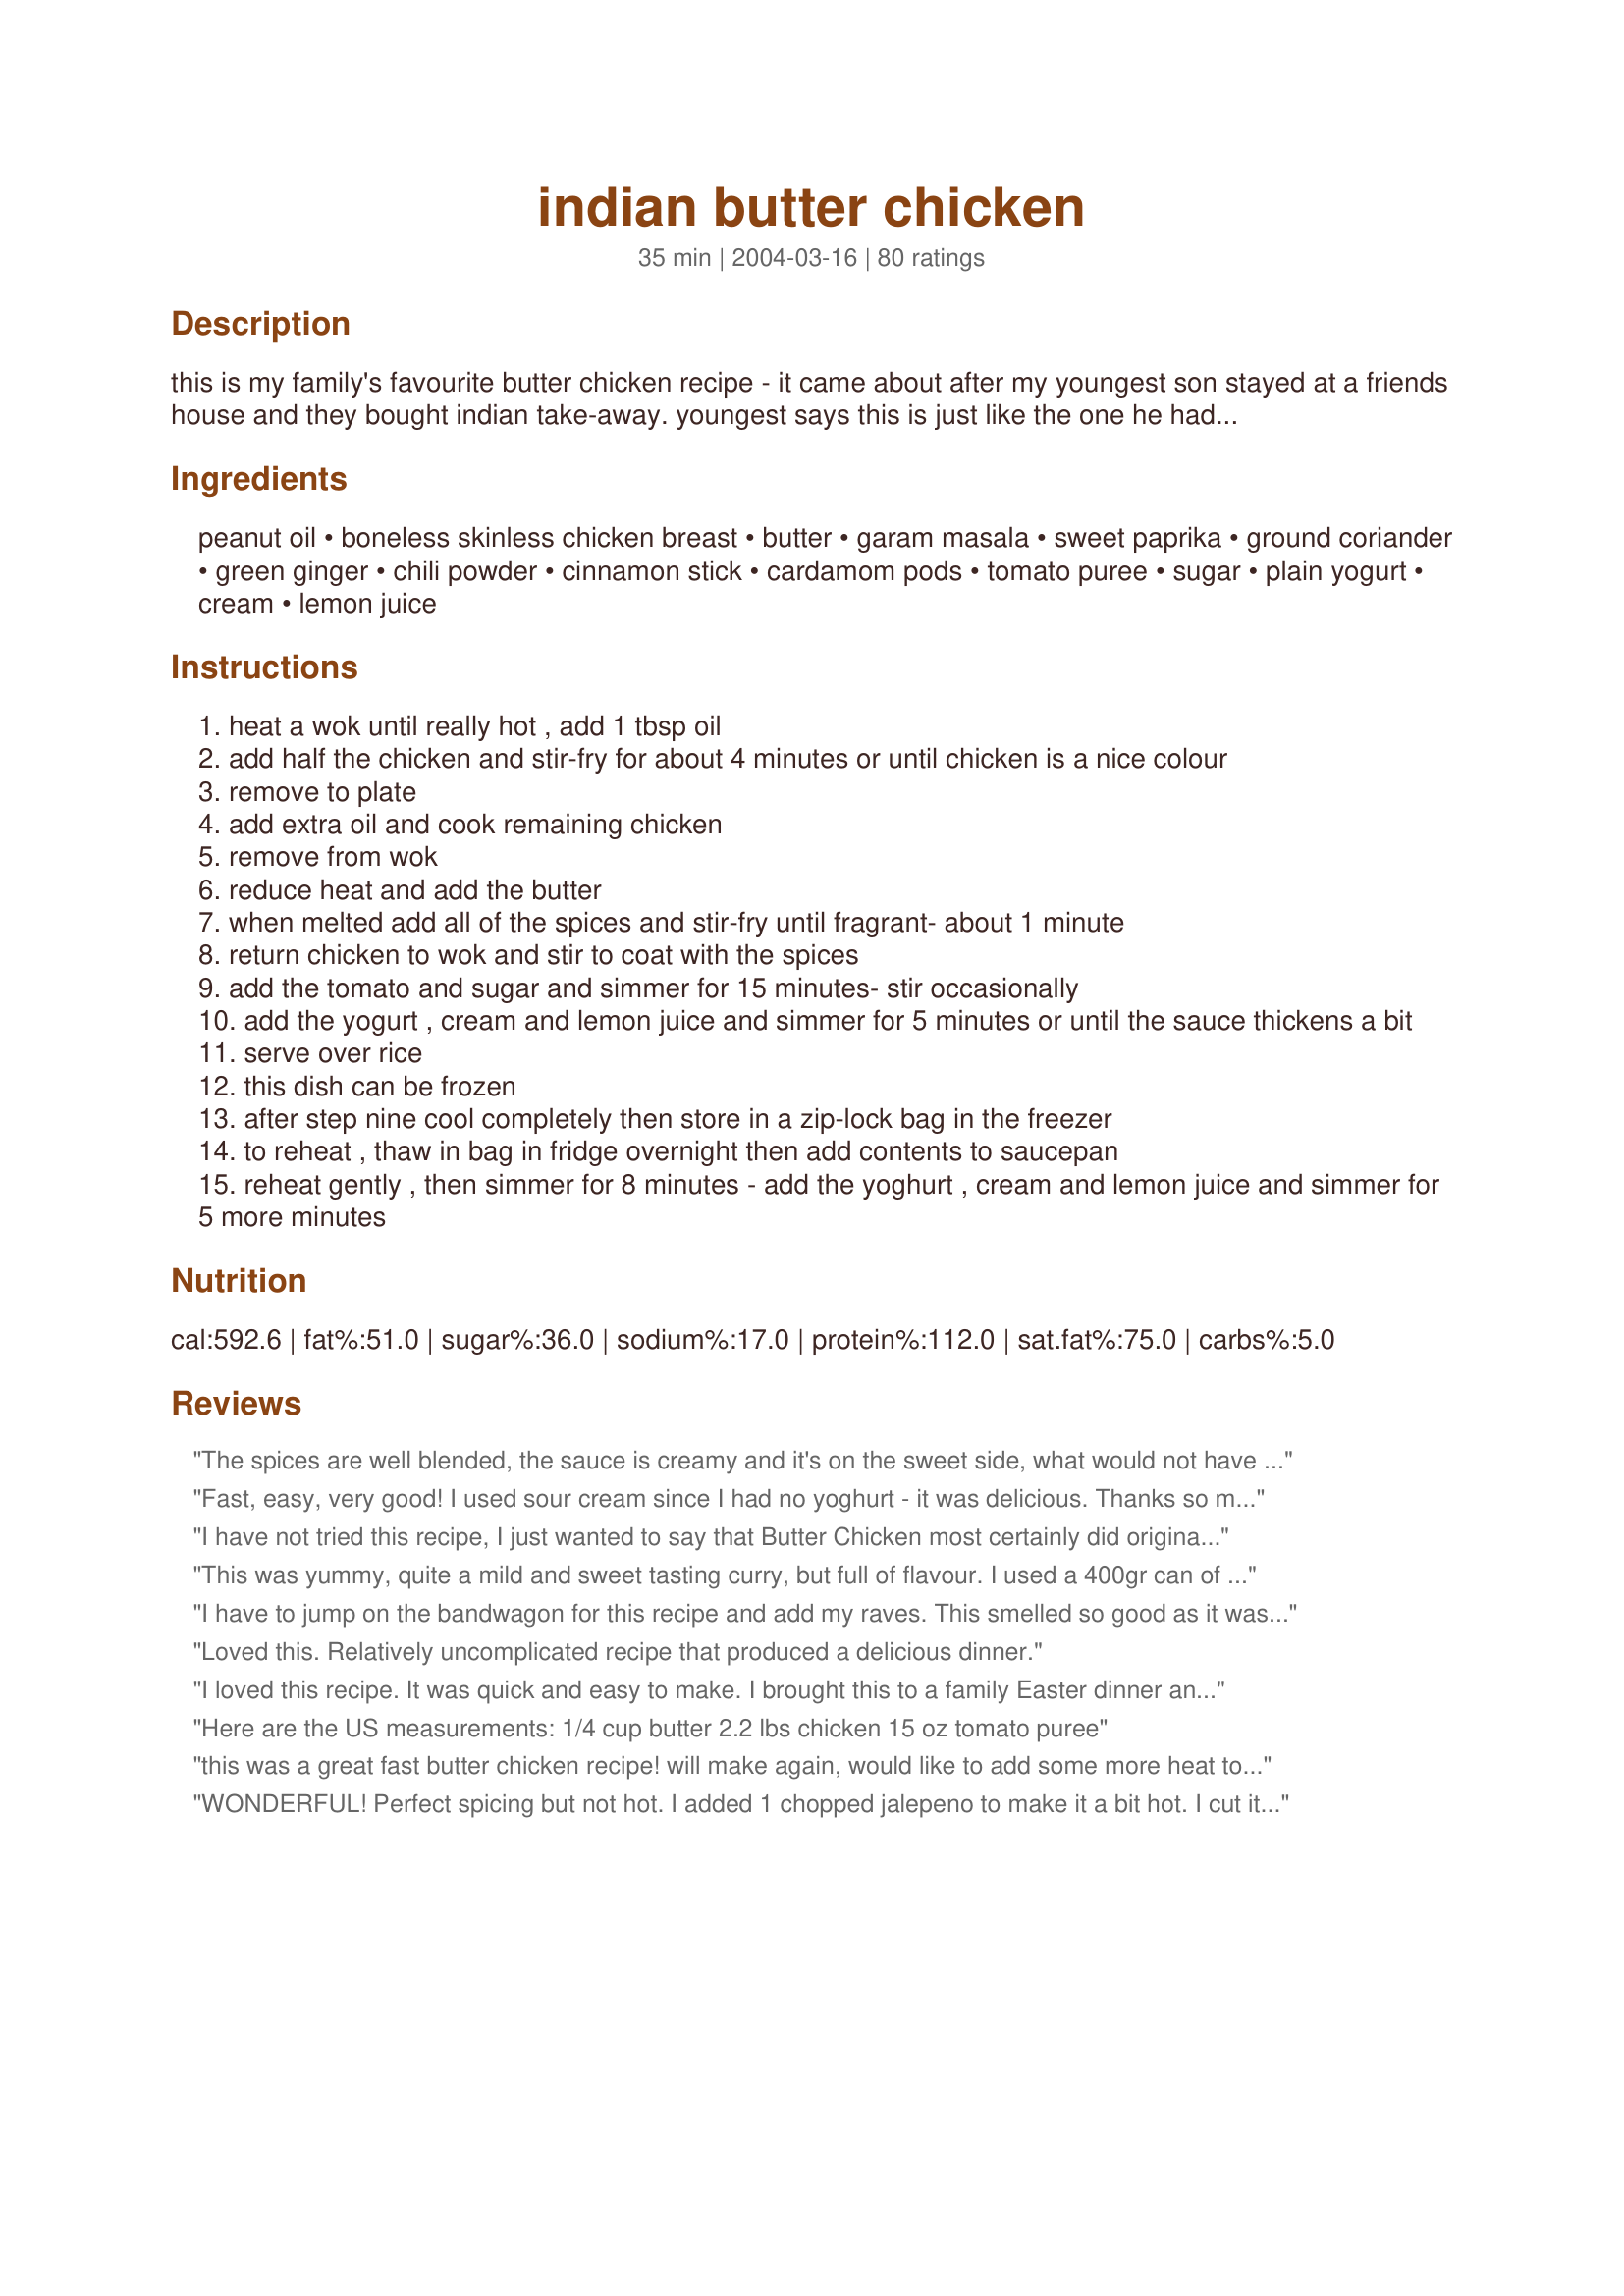
indian butter chicken
Preparation time: 35 minutes

this is my family's favourite butter chicken recipe - it came about after my youngest son stayed at a friends house and they bought indian take-away. youngest says this is just like the one he had at his friend's. this is one of favourite dishes.
butter chicken was created in the 1950s at the moti mahal restaurant in delhi.

Ingredients:
peanut oil, boneless skinless chicken breast, butter, garam masala, sweet paprika, ground coriander, green ginger, chili powder, cinnamon stick, cardamom pods, tomato puree, sugar, plain yogurt, cream, lemon juice

Steps:
heat a wok until really hot , add 1 tbsp oil
add half the chicken and stir-fry for about 4 minutes or until chicken is a nice colour
remove to plate
add extra oil and cook remaining chicken
remove from wok
reduce heat and add the butter
when melted add all of the spices and stir-fry until fragrant- about 1 minute
return chicken to wok and stir to coat with the spices
add the tomato and sugar and simmer for 15 minutes- stir occasionally
add the yogurt , cream and lemon juice and simmer for 5 minutes or until the sauce thickens a bit
serve over rice
this dish can be frozen
after step nine cool completely then store in a zip-lock bag in the freezer
to reheat , thaw in bag in fridge overnight then add contents to saucepan
reheat gently , then simmer for 8 minutes - add the yoghurt , cream and lemon juice and simmer for 5 more minutes

Reviews:
The spices are well blended, the sauce is creamy and it's on the sweet side, what would not have been a problem. But somehow there's something important amiss, despite all the spices it ends up beeing bland. I never had butter chicken in a restaurant, so I can't compare. But should it not taste a little more like butter? I couldn't really taste it. I wish I would have liked it more, because it sounded great, and was really easy and quick to make. But it's too bland for me to make again, and I can't figure out how to improve it.
Fast, easy, very good! I used sour cream since I had no yoghurt - it was delicious. Thanks so much for posting this.
I have not tried this recipe, I just wanted to say that Butter Chicken most certainly did originate in India! It&#039;s Chicken Tikka Masala that originated in the UK... they are sort of similar but definitely not the same.
This was yummy, quite a mild and sweet tasting curry, but full of flavour. I used a 400gr can of chopped tomatoes, but made everythink else as directed. The recipe states it makes 4-6 servings, however I found whereas there is plenty of chicken for more than four people I was a little short on sauce and there was only five of us. So when I make it again and there are more than four I'll make sure I increase the amount of sauce I make. Definitely a keeper!
I have to jump on the bandwagon for this recipe and add my raves. This smelled so good as it was cooking...when I was sauteeing the spices, the kids came running to find out what smelled so good. The garam masala that I'm using right now has a lot of cardamom in it, so I didn't add the extra pods in. The only other change I made was to add a pinch of baking soda to the tomatoes in hopes that the sauce wouldn't curdle. It didn't, the flavor was wonderful and this will be a favorite dinner for us! Thanks so much for sharing this.
Loved this. Relatively uncomplicated recipe that produced a delicious dinner.
I loved this recipe. It was quick and easy to make. I brought this to a family Easter dinner and it was a big hit - not spicy, but with great flavour.
Here are the US measurements: 1/4 cup butter 2.2 lbs chicken 15 oz tomato puree
this was a great fast butter chicken recipe! will make again, would like to add some more heat to it, maybe a few diced green chilis in with the spices?
WONDERFUL! Perfect spicing but not hot. I added 1 chopped jalepeno to make it a bit hot. I cut it in half for just my husband and I and it turned out perfect! I made some parathas to go with it.

yummmmy!!!!!!! totallly a no#1 hit in my books :)
Loved this! The kids and I couldn't get enough of this dish. Thanks so much for posting. We'll be making this regularly.
What else can one add to the reviews on this recipe? This is simply wonderful and will be repeated often in my home. Thank you Fairy!
Really easy dish to make....i made this with turkey instead and left out the cream (trying to keep the pounds down) and still turned out delicious!
I really loved this recipe, and I only made a few adjustments. First I boiled my own tomatoes, took the skin off and pureed them and added these instead of canned tomatoes. i also added an extra half tsp of sugar and also a little salt. I didn't have any cream, so I used unsweetened coconut cream instead, and it turned out very delicious! We ate the chicken with fresh homemade roti.
LOVED IT! We cook alot of Indian and I love butter chicken. It's not an authentic butter chicken that you would find in a restaurant but we really enjoyed this. The spices were perfectly balanced. The recipe didn't mention the percentage of cream to use so I used whipping cream, but I found it too rich. Next time, I would definitely use a table cream. Thank you for posting this recipe.
WONDERFUL ABSOLUTLY WONDERFUL!!! I didn't have cardamom pods so I used 1/2 tsp of ground cardamom instead. Everyone loved! Thak you for sharing!
Great recipe, it is full of flavour and is delicious! Thanks for sharing :)
We make this at least every other week. I don&#039;t typically purchase the cardamom pods, so I leave those out. I also add in peas for colour and bulk since I&#039;m feeding 6 of us. Its a favourite!
I joined this site just to say this is an awesomely simple recipe to a lovely butter chicken dish! I was craving for this since I ate butter chicken at a local Indian restaurant, but this is by far the better! I added salt as I was cooking and that&#039;s the only change I made to it (oh and I used olive oil because I didn&#039;t have any peanut oil). Thanks for a keeper! =)
i made this recipe a year ago and it was the best butter chicken i have ever made so this afternoon i was deciding what to have for dinner and i decided to look up this recipe. i have spent the last 30minutes trying to find this exact recipe and i identified it by the story of your son.&lt;br/&gt;thank you so much for sharing this amazing recipe!!!
Amazing! I have tried many butter chicken recipes and this one is restaurant quality. The whole family loved it so it's going in the keeper file.
My only comment is that it was a little on the salty side, must be from butter since there is no added salt. I think I might do half unsalted butter next time.
Thanks Fairy!
This was just lovely. I made it as part of an Indian dinner for company and being able to do most of it ahead of time was a key benefit. Thanks!
Would someone mind converting the measurements to an American conversion chart, please? It would be much easier to use then. We would appreciate it very much!
I think this recipe was pretty good though I would halve the amount of cardamom. For those who commented that it is a little bland, I think the recipe needs some demi-glace. Next time I make this recipe, I will add some. I think it will add some depth and needed saltiness in the recipe.
We absolutely adored this dish! Funny story... My brother-in-law lives in India, and he flew in for a suprise visit the same night that I was cooking this. He knocked on our door and came inside and the first thing he said was 'it smells like you're cooking Indian food in here'. What a coincidence :) He passed however, and exclaimed that he was 'ready to eat some American food for once' - LoL :D I made and used Recipe #82968 and instead of cardamom pods (couldn't find any!) I used 6 teaspoons of ground cardamom. I served this with Recipe #193082. Perfect!
Excellent recipe; very flavorful, but not overwhelming. I like my Indian to make me sweat and my nose to run; my wife has a much gentler palate; this was a good compromise. The spice mix here is very good and the chili power can be adjusted accordingly (hot, mild, cayenne, etc.) to taste. Thanks for the recipe!
This is a great recipe with amazing flavor. I doubled the recipe for the sauce and added a little red cayenne pepper for a little heat. This is similar to the Butter Chicken I love at the Indian restaurants. The recipe was also easy to make! oh, there was one more thing i did to adjust this recipe... i doubled the amount of butter. it really needed it and teh constinency was perfect with the addition. very delicious. i'd definitely make it again!
Loved this! It so close to the butter chicken we've had at a nearby restaurant. Thank you so much for posting this. I made a few small changes - I included onion and garlic (my own personal preference) I had to exclude the garam masala as I didn't have any on hand and I ended up using 1 cup of heavy cream and excluded the yogurt (we forgot it in the store) Any way, just goes to show you how good this recipe is! You can't mess it up! Thanks Again!
Totally wonderful!!! This was so good I could not stop with just one helping! Wonderful recipe!
*Reviewed for Aussie Z FOrum Recipe Swap Sept 08* Loved it! This tasted like the real deal -actually, I think better than the last take out that I remember having. Thanks for a great recipe. Easily made gluten-free for me with gf spices and yogurt. I made 1/2 the recipe and seriously wish I had made the full quantity.
How much chicken in pounds and how much butter in tablespoons.
I just made this. My husband and I didn&#039;t think it was as good as the Butter Chicken we have had in restaurants. The tomato taste was stronger than the restaurants and it wasn&#039;t very spicy. It needs something else in it.
Wow! We LOVED this chicken! The sauce is so thick and delicious. I used boneless skinless thighs, and used ground cardamom instead of pods. The spices work so well together. This is way better than a restaurant. Thanx for posting this recipe; I'll be making it again.
I have made this several times now and everyone loves it. This is a great recipe and so easy to make. Thanks
I made this for dinner tonight and it made my house smell wonderful while it was cooking. The aroma of the spices made me want to cook it forever while I was cooking it. I substituted the sweet paprika with black pepper powder and canned tomato puree with 3 cups of fresh tomato puree. The only ingrdient I would like to use less next time is the green cardamom. I used 7 pods this time, but next time I'll use about 3-4. It's a good chicken curry and went very well over white rice. Thanks for sharing!
I make this frequently; my recipe is in the Complete Stir Fry Cookbook (in the same series as yours!). Always turns out beautifully, a great dish to serve guests, they are always very impressed. Enjoyed using Zaar World tour as an excuse to make this again!
Thank you for the post. Again one of my favorite Indian recipe. I tried preparing it in my pure clay pot and the dish was amazing. The chicken was juicy, temder and evenly cooked. Most importantly it holds all the nutrients in the food and no fear of metal or chemicals get into our food. I got mine from mecware.US
Very good Butter Chicken. I only made half a recipe but was easy and had great flavor. Served with Recipe #85853 and Recipe #270882.
This was good but lacked that really salty buttery cardamom flavor I came to love in my early days of Indian food - still very easy and the consistency of the sauce was fabulous
This really is very yummy. I've not eaten restaurant Butter Chicken, but this is up around the best of any Indian restaurant dish I've had. I particularly liked the cardamom flavour and used 6 pods as the recipe stipulates, bruising them with a whack in my mortar and pestle so that a few of the little seeds popped out. When it was time to add the garam masala, I discovered it had been finished, so I used goda masala as a substitute - I think any change to the flavor would have been insignificant. This one goes on my dinner party list! Thanks for posting!
Wonderful recipe. A new favorite!
Made this for the first time and we loved it. After I added the butter to the pan I added 2 cloves of garlic and an onion, both finely chopped, cooked for 5 mins until soft, then added the spices( 1/4 tsp cinnamon and just under 1/4 tsp ground cardiman (saves the bother of picking these out) gives the same great taste) and followed the recipe. I will be making this again.
I don&#039;t know why people call this butter chicken, I couldn&#039;t detect any semblance to butter chicken in the recipe. Maybe if the spices were doubled or even tripled it would be closer but following the recipe as it is results in chicken in a creamy tomato sauce.
I made a butter chicken a few years ago from a different recipe but it had a lot more to it than this, I thought this looked way easier so I tried it, it was quite good for a quick meal, I added a little water after the tomatoes for more sauce and extra sugar and salt.. it did taste like something was missing since I'm comparing it to the delicious authentic dish I made be before, but i will definitely keep this recipe on my easy recipes. Yum!
This is really good. I've been making butter chicken using a spice pack from the supermarket for a few years but this is nicer and I like that I can control the level of spice. We like it with fresh naan.
Delicious recipe. Doubled the amount of chicken and spices to serve more. I accidentally used fat free yogurt, so I found that I had to add quite a bit more butter. Added 1/2 tblspn of salt (or a tad more). Adding an orange rind adds a very nice flavor too!
This is a fantastic recipe. The smell that came from the pan as I was cooking was divine! I will definitely be cooking this again, maybe evening tonight!
I just made this recipe and I thought it was amazing! My fiance is pakistani and we have always used the boxed butter shan chicken mix, but by far this was great. I did add a little bit of asparagus and yellow squash and it really pulled the dish together. I'm serving it over angle hair with a little tumeric. Fantastic!
Really, really good! We'll be making this again for sure. Served with Recipe #204753. Perfect amount of spice. This would be a great recipe to serve to someone who hasn't had an indian curry before. Thanks for posting!
I used sunflower oil instead of peanut, replaced the 400g tomato puree with 70grams tomato paste and a cup water, used unsalted butter and about 700 grams chicken breast. The rest I followed to the letter. It was excellent, very quick and easy. The flavours work very well together and develop during the eating! This will be a standard meal for us now. Thanks for posting!
We love this dish - I've have been making it since 2000. A friend gave the recipe to me and then I found it in a book called 'Authentic Curries' by Family Choice. I use thigh fillets, as it is more tender then chicken breast. I leave out the cream as it get's to rich. Sometimes I'm out of yoghurt so I leave that out as well. In the Family Choice book it says Butter Chicken is also know as 'Murgh Makhani' UPDATE: Made this again and we still love this dish. Thank you Fairy Nuff
Thank you! This dish will definitely be added to my OAMC sessions. I did freeze and up reheat added the yogurt, cream and lemon juice. We didn't eat it fresh, but straight from the freezer. Very nice. I will add a bit more sauce next time as we like things a bit more saucy! Thank you
Disgusting waste of ingredients. Rated five stars by those who have no sense of taste, smoke, have never had really good Indian food or douse everything they eat in ketchup. Don&#039;t waste your time or ingredients with this one.
I'm sorry - I was so hoping that this recipe would turn out, because I adore butter chicken, but it just didn't. I found that there was way too much sauce, and it was quite soupy. I tried to reduce it but just ended up making the chicken tough. I also thought that the tomato taste overpowered the buttery-ness, and the spices weren't pronounced enough.
Yummy !!!..This is the best butter chicken I have ever eaten...Will become a regular in our house... Made as directed and very easy to put together...Thank you Fairy Nuff
This was FANTASTIC. It was as good as the Chicken Makhani at our favorite Indian recipe, which we now live thousands of miles away from. This made us so happy, because it was so close and it was like being there. Thanks so much for posting it. :)
This was nice, but something about it just didn't taste right. I followed the recipe, and the color and texture was just right, but the flavor was just a little to sweet. I really can't put my finger on which flavor was too strong or not strong enough, I just know it didn't taste like the butter chicken I'm used to from restaurants. It was still very yummy though...need to tweak it just a little for my tastes.
This dish is 10 stars in my book! I adore Indian food and the restaurants here just don't cut it like the ones back home. I have gone without Indian food for far too long... this recipe is FANTASTIC. I am, once again, totally addicted! The flavors were perfect!!!! I did not have cardamom pods so i added 1/2 a teaspoon ground cardamom. I also added some Calcutta Heat! I love this recipe and who ever is reading this... you would be a fool not to drop everything this instant and head to the kitchen and start prepping this recipe! Thank you so much for posting this wonderful recipe Fairy Nuff!!!!!
Highly recommended. The only change I made was to add a tablespoon of crushed garlic and salt to taste. I discovered another recipe that included a half to one cup of ground almonds - will try that next time!
This completed the courses I made one Sunday. Absolute perfection! I sifted a wee bit of corn starch in it to thicken the sauce. Very tasty!
There are far better butter chicken recipes available on this site. As written the dish was very bland and it improved slightly with the addition of cumin, garlic, and onion powder.
This is an excellent recipe. I reduced the recipe to serve 2 and it made generous servings. I used homemade yogurt and reduced the amount of peanut oil as well as butter. The sauce was nice and thick and delicious. I served this over brown rice with a side of my Sichuan Broccoli and Cauliflower recipe #114722.
I wish I could give this recipe more than 5 stars! It deserves it! We've tried several Indian recipe at home, but this one beats them all by far (though I know Butter Chicken isn't a truly Indian dish). We didn't change much at all about this recipe, except we used boneless thigh meat. We did add a little fenugreek and cumin towards the end to suit our tastes a little better. But it probably didn't need it! It was so yummy.. not too spicy or hot. Nice & fairly mild. Served with basmati rice and onion kulcha. We will definitely be making this over and over again!
Incredibly good! I love Indian food but have never dared making anything on my own until I saw this and had to try it while I was making meals ahead to freeze. I froze half (stopping after step 9, as instructed), but it smelled *so* good that I just had to put the other half in the fridge to have today. Very easy, even for a complete beginner like me. As good as any dish I've had at an Indian restaurant. I couldn't find cardamom pods, but I did find a spice that included it along with the corriander, so I used that this time. Next time (and there will definitely be a next time) I will hunt down the pods. Still delicious anyway. Tastes just as fragrantly delicious as it smells. BF said 5 stars, too!
************************************
Update April 2008: I have made this more times than I can count, and it is a real winner. The directions for freezing are perfect, and since you still add some fresh ingredients, it still tastes very fresh. I've finally found cardamom pods, but I will probably just use about 3 or so because they are kind of strong. I've also substituted boneless skinless chicken thighs for the chicken breasts, and I think those might be even better. To save on calories, I've also made this substituting half the cream with 1% milk, and it was still fabulous. This recipe continues to be a favorite because no matter what I do to it to change it up, it is always wonderful and always a favorite. (Some conversions that helped non-metric me: 1 kg=2.2 lbs, 50 g butter= approx 1/4 cup)
Hubby really liked this and asked for it to be added to "the list". I used ground cardamom instead of the pods but otherwise followed the recipe exactly.
This was nice, but I am sorry to say my lacal Indian place still makes a better butter chicken! <br/>Mine was a bit too mild and creamy, but I did prepare the chicken beforehand and freeze it in a ziplock bag. I think I may have lost some of the sauce by leaving it behind in the bag!
I followed the recipe exactly..Didn't enjoy it. I Have had better butter chicken..Wasn't very spicy and didn't have much flavor
Good stuff!
This recipe was barely OK...did not taste like proper Indian curry from a good provider. Not sure what was lacking but spices were not strong enough overall.
An excellent recipe! This will be a regular in my house! Thanks for sharing!
Oh my God, I had my galbladder removed 3 years ago after 10 years of misery and now I can't stop eating spicy food. I LOVE this recipe. I put 3 lbs of chicken, 1 tablespoon of cayenne pepper, put less butter and more yogurt and mexican cream, OMG awesome.... Thank you, I love indian food...
Tastes just like restaurant butter chicken-delicious. An easy to follow recipe that we both loved so much thank you!
Made this the other night and it was easy and tastes awesome! I think next time we will cut the sugar in 1/2. We didn't have 1kg of chicken, so I added in a can of chickpeas. That was fabulous! Otherwise, we did the exact recipe. Thanks for a keeper!!
This was the second time I made this, since my stove was mis-behaving the first time, and I had to improvise between stovetop and microwave.

It was fabulous both times, though. I made it with shrimp, which we often prefer to chicken, in curries. I also used a 410 gr of chopped tomatoes, and a 110 gr can of tomato paste.

I found it well-spiced and pleasantly creamy, and will definitely make it again!
Mild enough my husband liked it. Unusual b/c he claims not to like Indian food!
Anyways, I thought it was good and different from my everyday cooking.
I have not tried this recipe and thus cannot rate it. A comment however: According to Camellia Panjabi (erstwhile Marketing Director for India's Taj Hotels), true Butter chicken (Murgh Makhani) originitaed in the 1950's at the Moti Mahal restaurant in Delhi where the sauce was made by adding butter and tomato to the leftover chicken juices in the marinade trays from which they used to sell hundreds of portions of Tandoori Chicken every day. According to this version then, the dish did indeed originate from India.
I didn't make this- BF did while I was at work. So, I just have less to comment on on the cooking methods, but it was a great meal to come home to. I agree with the other reviewers that it definitely does taste like restaurant fare. It's not too hot for Indian food but still well spiced and seasoned. It was really rich, although I do believe that BF did reduce the amount of butter called for, it was still buttery and rich. The lemon added a nice touch too- thanks for posting!
This was really good. I used ghee (clarified butter) for the butter called for in the recipe, and found that fat free half and half and nonfat yogurt did the trick. A bit of salt was needed, and I think next time I'll add some fresh coriander, onion, and garlic.
Deeelicious. I made the full sauce recipe and just two breast halves. This sauce is wonderful even when made with nonfat ingredients as Heather U did. Lots of flavor for minimum effort. I'm now an official Butter Chicken fan.
